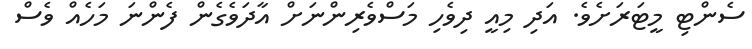
ސެންޓި މީޓަރަށެވެ. އަދި މިއީ ދިވެހި މަސްވެރިންނަށް އާދަވެގެން ފެންނަ މަހެއް ވެސް